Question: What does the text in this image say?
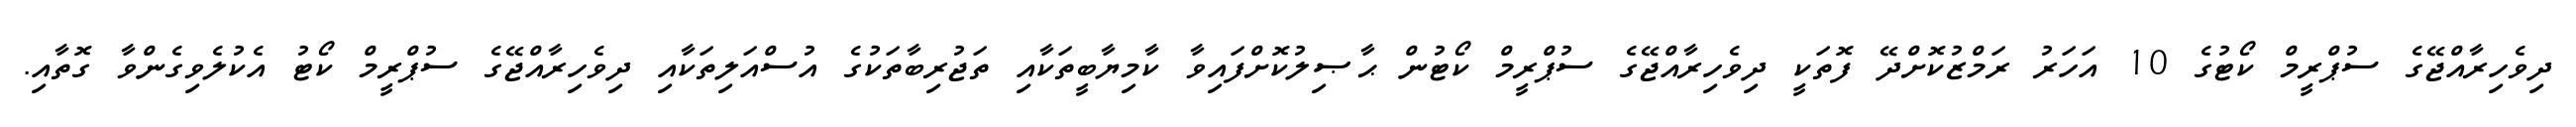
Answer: ދިވެހިރާއްޖޭގެ ސުޕްރީމް ކޯޓުގެ 10 އަހަރު ރަމްޒުކޮށްދޭ ފޮތަކީ ދިވެހިރާއްޖޭގެ ސުޕްރީމް ކޯޓުން ޙާޞިލުކޮށްފައިވާ ކާމިޔާބީތަކާއި ތަޖުރިބާތަކުގެ އުސްއަލިތަކާއި ދިވެހިރާއްޖޭގެ ސުޕްރީމް ކޯޓު އެކުލެވިގެންވާ ގޮތާއި.